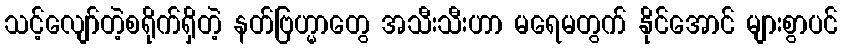
သင့်လျော်တဲ့စရိုက်ရှိတဲ့ နတ်ဗြဟ္မာတွေ အသီးသီးဟာ မရေမတွက် နိုင်အောင် များစွာပင်